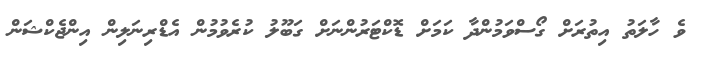
ވެ ހާލަތު އިތުރަށް ގޯސްވަމުންދާ ކަމަށް ޑޮކްޓަރުންނަށް ގަބޫލު ކުރެވުމުން އެޑްރިނަލިން އިންޖެކްޝަން